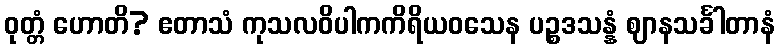
ဝုတ္တံ ဟောတိ? ဧတာသံ ကုသလဝိပါကကိရိယဝသေန ပဉ္စဒသန္နံ ဈာနသင်္ခါတာနံ